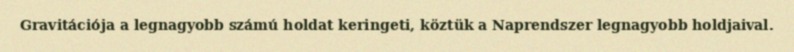
Gravitációja a legnagyobb számú holdat keringeti, köztük a Naprendszer legnagyobb holdjaival.